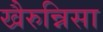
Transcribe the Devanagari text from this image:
खैरुन्निसा